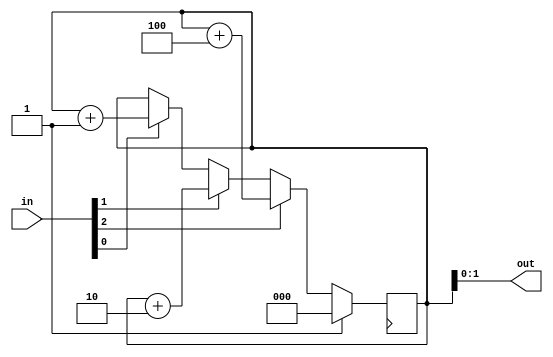
module top_module( 
    input [2:0] in,
    output [1:0] out );

    reg [2:0] count;

    always @(posedge clk) begin
        if (reset) begin
            count <= 0;
        end else begin
            if (in[0] == 1) begin
                count <= count + 1;
            end
            if (in[1] == 1) begin
                count <= count + 2;
            end
            if (in[2] == 1) begin
                count <= count + 4;
            end
        end
    end

    assign out = count;

endmodule